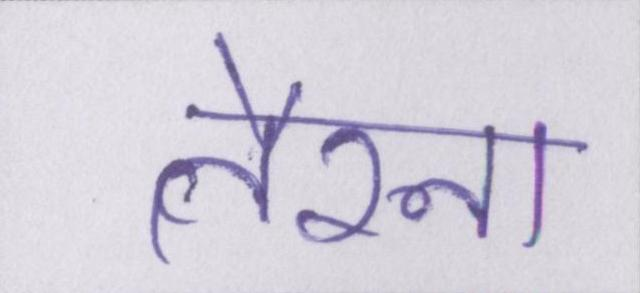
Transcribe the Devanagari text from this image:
तैरना